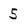
Character: 5